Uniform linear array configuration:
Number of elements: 64
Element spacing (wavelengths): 0.5
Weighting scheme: kaiser
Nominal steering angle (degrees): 15
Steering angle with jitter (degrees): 14.185
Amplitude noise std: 0.05
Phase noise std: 0.05

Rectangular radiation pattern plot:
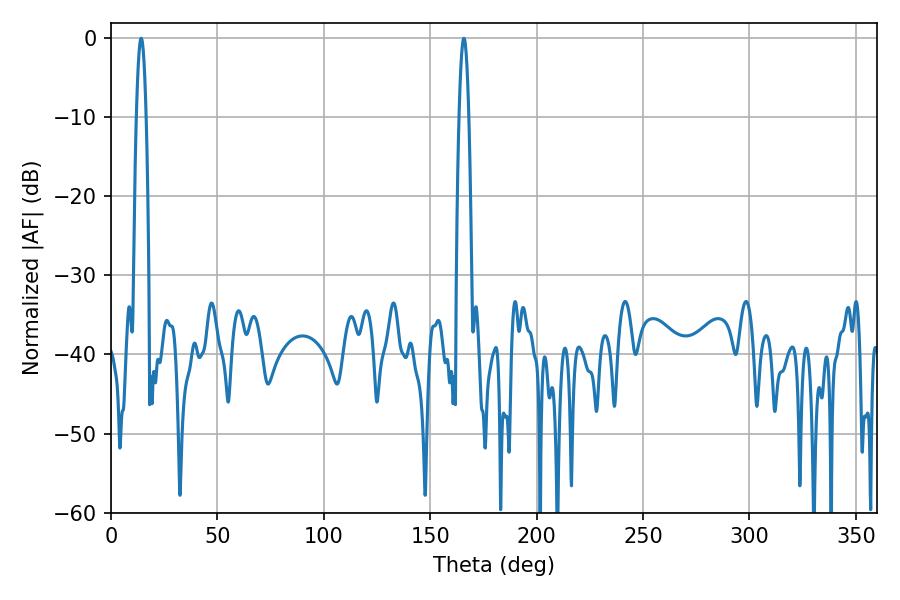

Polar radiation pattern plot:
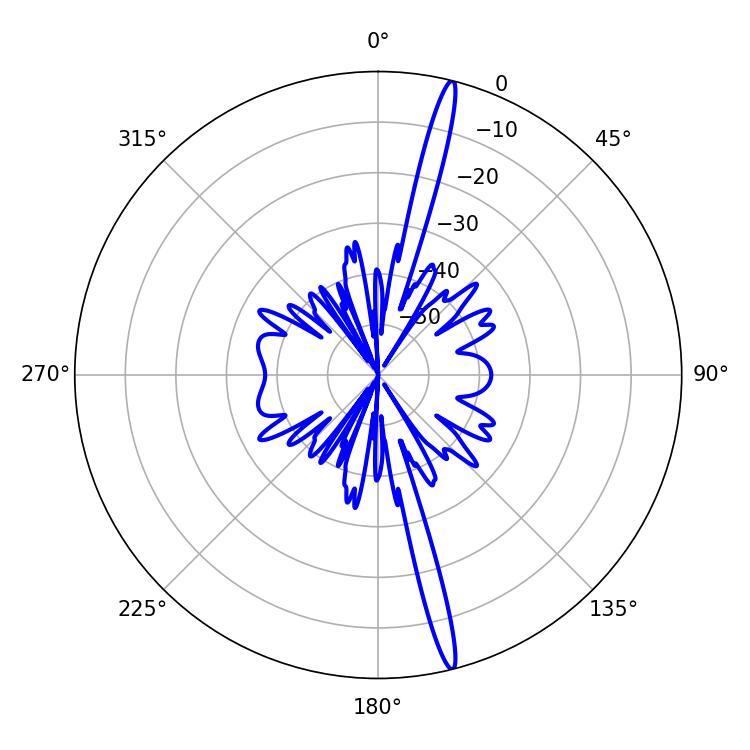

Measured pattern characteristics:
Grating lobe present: FALSE
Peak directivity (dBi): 19.303
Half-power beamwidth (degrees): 2.52
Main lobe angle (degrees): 165.78